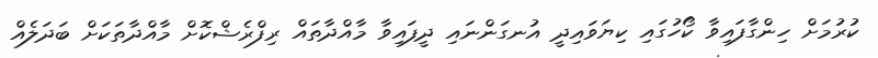
ކުރުމަށް ހިންގާފައިވާ ކޯހުގައި ކިޔަވައިދީ އުނގަންނައި ދީފައިވާ މާއްދާތައް ރިފްރެޝްކޮށް މާއްދާތަކަށް ބަދަލެއް